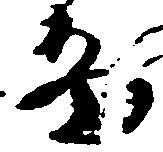
畠